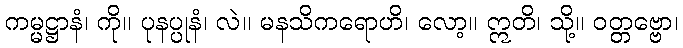
ကမ္မဋ္ဌာနံ၊ ကို။ ပုနပ္ပုနံ၊ လဲ။ မနသိကရောဟိ၊ လော့။ ဣတိ၊ သို့။ ဝတ္တဗ္ဗော၊